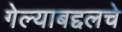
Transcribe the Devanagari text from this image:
गेल्याबद्दलचे